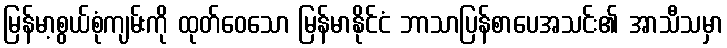
မြန်မာ့စွယ်စုံကျမ်းကို ထုတ်ဝေသော မြန်မာနိုင်ငံ ဘာသာပြန်စာပေအသင်း၏ အာသီသမှာ